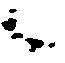
候